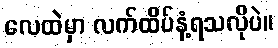
လေထဲမှာ လက်ထိပ်နံ့ရသလိုပဲ။